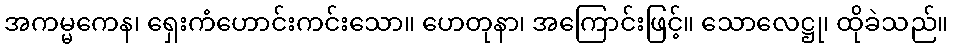
အကမ္မကေန၊ ရှေးကံဟောင်းကင်းသော။ ဟေတုနာ၊ အကြောင်းဖြင့်။ သောလေဋ္ဌု၊ ထိုခဲသည်။